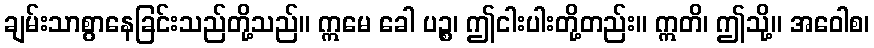
ချမ်းသာစွာနေခြင်းသည်တို့သည်။ ဣမေ ခေါ ပဉ္စ၊ ဤငါးပါးတို့တည်း။ ဣတိ၊ ဤသို့။ အဝေါစ၊